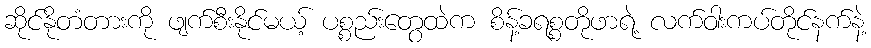
ဆိုင်နိုတံတားကို ဖျက်စီးနိုင်မယ့် ပစ္စည်းတွေထဲက စိန့်ခရစ္စတိုဖာရဲ့ လက်ဝါးကပ်တိုင်နက်နဲ့